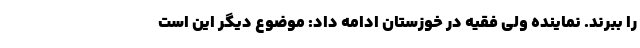
را ببرند. نماینده ولی فقیه در خوزستان ادامه داد: موضوع دیگر این است